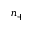
n _ { + }